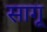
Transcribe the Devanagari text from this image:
सागू